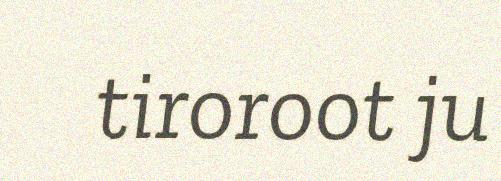
tiroroot ju